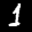
Label: 1